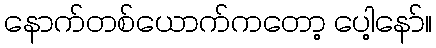
နောက်တစ်ယောက်ကတော့ ပေါ့နော်။